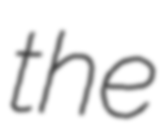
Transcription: the